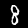
Digit: 8